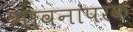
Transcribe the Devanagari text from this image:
भावनापरक